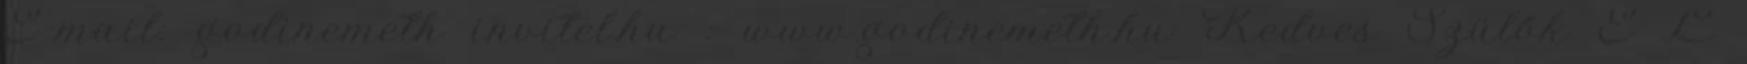
E-mail: godinemeth invitel.hu : www.godinemeth.hu Kedves Szülők E L